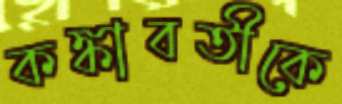
কঙ্কাবতীকে